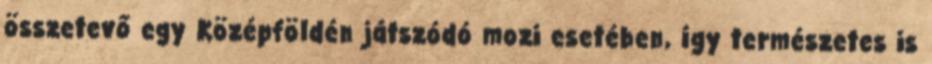
összetevő egy Középföldén játszódó mozi esetében, így természetes is